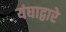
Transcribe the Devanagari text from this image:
यंघाद्वारे